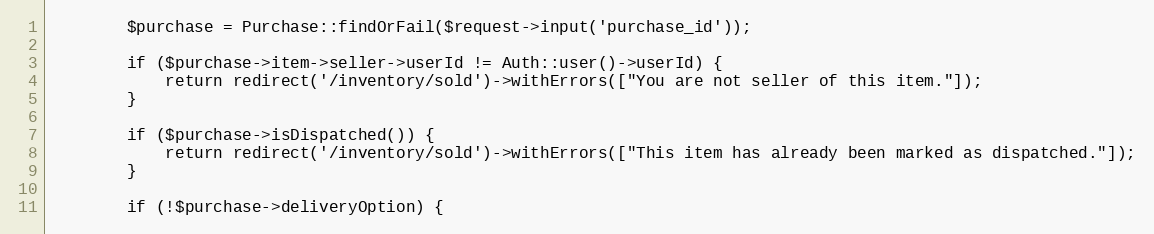
Language: PHP
        $purchase = Purchase::findOrFail($request->input('purchase_id'));

        if ($purchase->item->seller->userId != Auth::user()->userId) {
            return redirect('/inventory/sold')->withErrors(["You are not seller of this item."]);
        }

        if ($purchase->isDispatched()) {
            return redirect('/inventory/sold')->withErrors(["This item has already been marked as dispatched."]);
        }

        if (!$purchase->deliveryOption) {